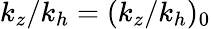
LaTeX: k_{z}/k_{h}=(k_{z}/k_{h})_{0}